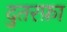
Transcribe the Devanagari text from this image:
दुतरफ़ा